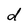
Character: d